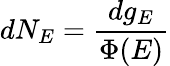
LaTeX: dN_{E}={\frac{dg_{E}}{\Phi(E)}}